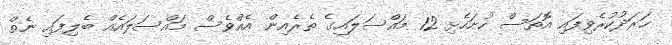
ހަރަދުކުރެވިފައި އޮތަސް ހުށަހެޅި 12 މައްސަލައިގެ ތެރެއިން އެއްވެސް މައްސަލައެއް ބެލިފައި ނެތް